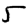
Digit: 5